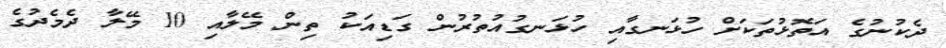
ދެކުނުގެ އަތޮޅުތަކަށް ހުޅަނގާއި ހުޅަނގުއުތުރުން ގަޑިއަކު ތިން މޭލާއި 10 މޭލާ ދެމެދުގެ